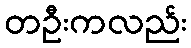
တဦးကလည်း